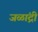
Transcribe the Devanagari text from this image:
जळांद्री